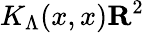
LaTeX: K_{\Lambda}(x,x)\le R^{2}